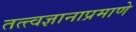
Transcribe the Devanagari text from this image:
तत्त्वज्ञानाप्रमाणे